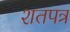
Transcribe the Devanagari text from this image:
शतपत्र